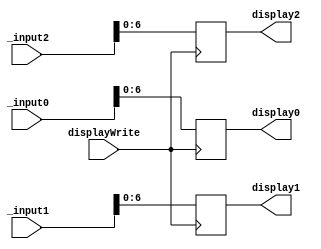
module saida(_input0, _input1, _input2, display2, display1, display0, displayWrite);
	input [31:0] _input0, _input1, _input2;
	output reg [6:0] display0, display1, display2;
	input displayWrite;
	always @(posedge displayWrite) begin
		display0 = _input0;
		display1 = _input1;
		display2 = _input2;
	end	
endmodule